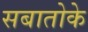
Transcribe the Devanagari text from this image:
सबातोके